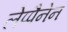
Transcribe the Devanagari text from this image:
लेप्पैनेन